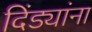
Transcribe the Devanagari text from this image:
दिंड्यांना